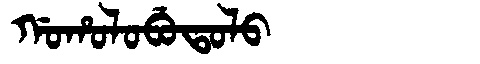
Manchu: ᡤᠣᡥᠣᠯᠣᠪᡠᡨᠣᠯᠣ
Romanization: GOHOLOBUTOLO